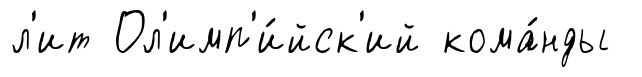
л'ит Ол'имп'и́йск'ий кома́нды